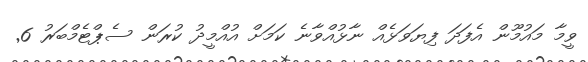
ވީމާ މައުމޫން އެފަދަ ފިޔަވަޅެއް ނާޅުއްވާނެ ކަމަށް އުއްމީދު ކުރަން ސެޕްޓެމްބަރު 6